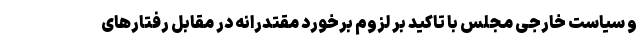
و سیاست خارجی مجلس با تاکید بر لزوم برخورد مقتدرانه در مقابل رفتارهای